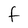
Character: F